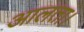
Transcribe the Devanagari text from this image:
आलता।